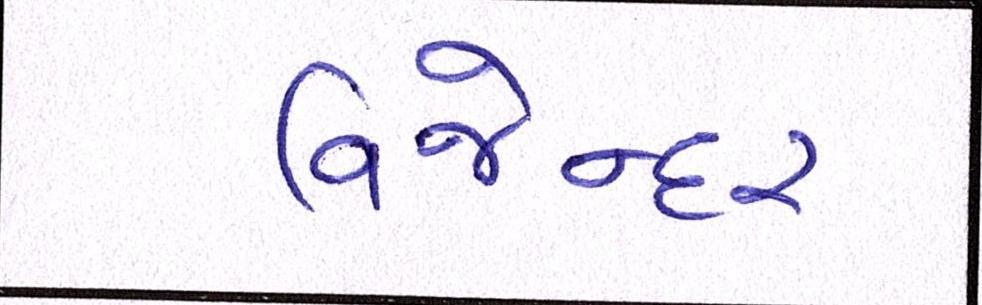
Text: વિજેન્દર